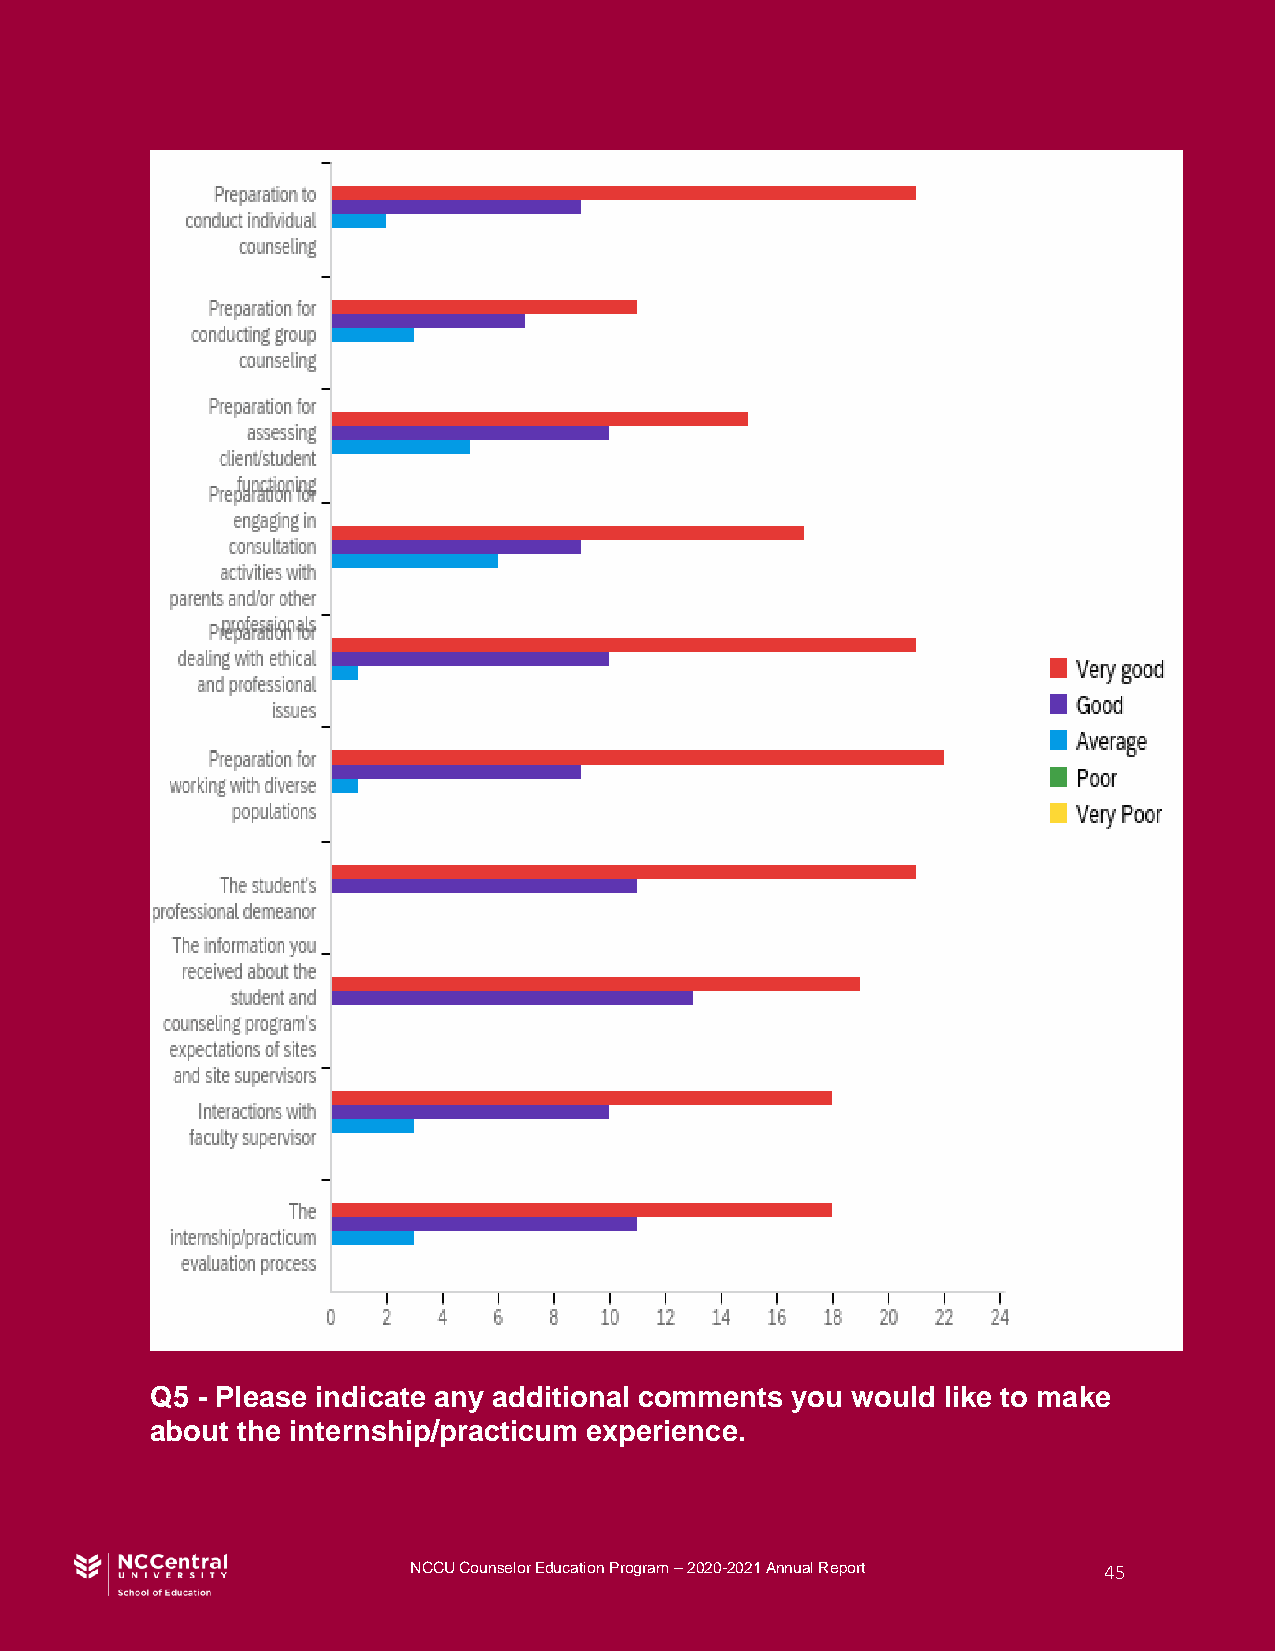
Q5 - Please indicate any additional comments you would like to make
 about the internship/practicum experience.
 NCCU Counselor Education Program – 2020-2021 Annual Report 45